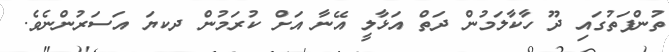
ތުންފަތުގައި ދޫ ހާކާލަމުން ދަތް އަޅާލީ އޭނާ އަށް ކުރަމުން ދކޔަ އަސަރުންނެވެ.